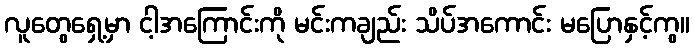
လူတွေရှေ့မှာ ငါ့အကြောင်းကို မင်းကချည်း သိပ်အကောင်း မပြောနှင့်ကွ။